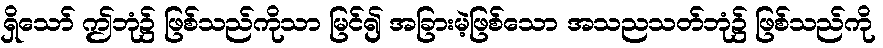
ရှိသော် ဤဘုံ၌ ဖြစ်သည်ကိုသာ မြင်၍ အခြားမဲ့ဖြစ်သော အသညသတ်ဘုံ၌ ဖြစ်သည်ကို